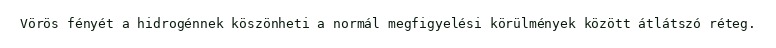
Vörös fényét a hidrogénnek köszönheti a normál megfigyelési körülmények között átlátszó réteg.